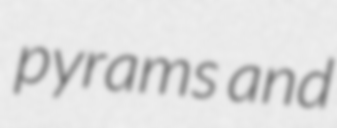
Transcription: pyrams and